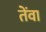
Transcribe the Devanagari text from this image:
तेंवा